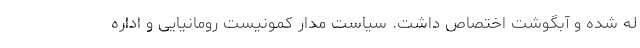
له شده و آبگوشت اختصاص داشت. سیاست مدار کمونیست رومانیایی و اداره